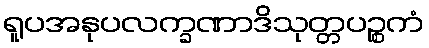
ရူပအနုပလက္ခဏာဒိသုတ္တပဉ္စကံ